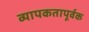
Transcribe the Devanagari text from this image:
व्यापकतापूर्वक